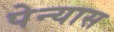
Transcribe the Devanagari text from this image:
पेन्यास